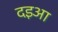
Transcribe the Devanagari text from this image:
दइआ